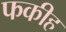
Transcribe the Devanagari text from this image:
फकीह